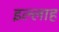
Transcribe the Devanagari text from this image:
इल्लाह